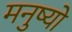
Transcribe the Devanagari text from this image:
मनुष्‍यो